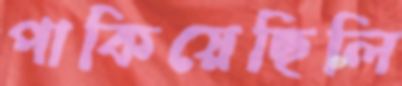
পাকিয়েছিলি